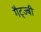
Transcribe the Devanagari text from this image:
गैट्ज्बी